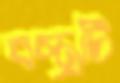
বস্ত্রটি